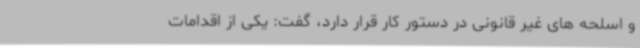
و اسلحه های غیر قانونی در دستور کار قرار دارد، گفت: یکی از اقدامات